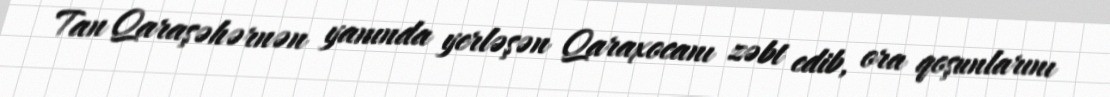
Tan Qaraşəhərnən yanında yerləşən Qaraxocanı zəbt edib, ora qoşunlarını